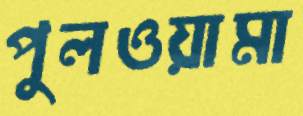
পুলওয়ামা